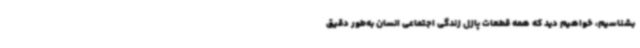
بشناسیم، خواهیم دید که همه قطعات پازل زندگی اجتماعی انسان به‌طور دقیق